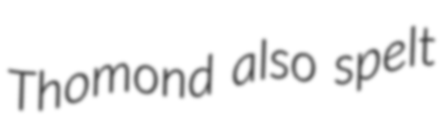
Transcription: Thomond also spelt